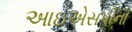
આઇએસપીના